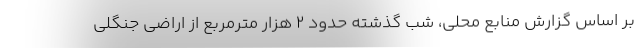
بر اساس گزارش منابع محلی، شب گذشته حدود ۲ هزار مترمربع از اراضی جنگلی